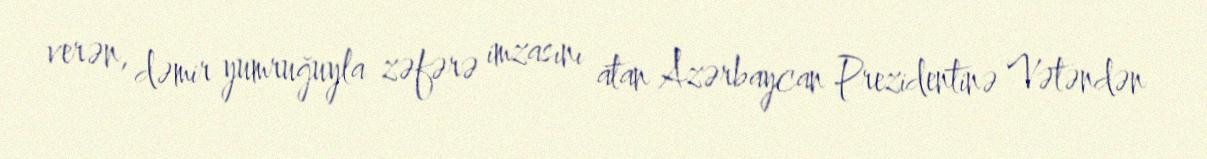
verən, dəmir yumruğuyla zəfərə imzasını atan Azərbaycan Prezidentinə Vətəndən